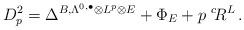
LaTeX: \begin{align*}D^2_p=\Delta^{B,\Lambda^{0,\bullet}\otimes L^p\otimes E}+\Phi_E +p \, \, {^c\! R^L}\,.\end{align*}